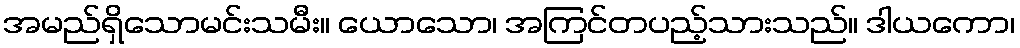
အမည်ရှိသောမင်းသမီး။ ယောသော၊ အကြင်တပည့်သားသည်။ ဒါယကော၊